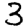
Digit: 3